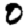
Digit: 0